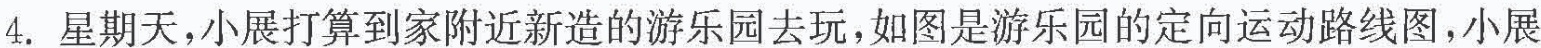
4.星期天，小展打算到家附近新造的游乐园去玩，如图是游乐园的定向运动路线图，小展